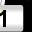
Digit: 1